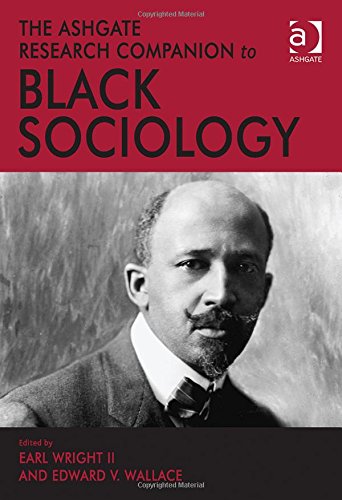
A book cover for The Ashgate Research Companion to Black Sociology; Politics & Social Sciences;